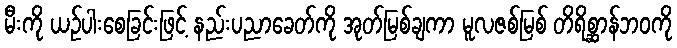
မီးကို ယဉ်ပါးစေခြင်းဖြင့် နည်းပညာခေတ်ကို အုတ်မြစ်ချကာ မူလဇစ်မြစ် တိရိစ္ဆာန်ဘဝကို